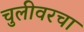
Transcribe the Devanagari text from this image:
चुलीवरचा